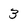
Character: 3